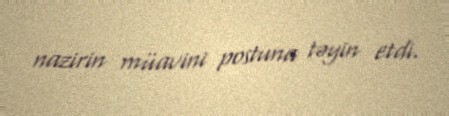
nazirin müavini postuna təyin etdi.